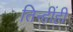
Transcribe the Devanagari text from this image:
तिन्हींही